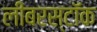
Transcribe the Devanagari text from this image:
लीबरस्टॉक